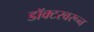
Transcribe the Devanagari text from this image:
डॉक्टरवरून